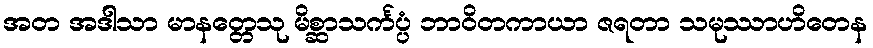
အတ အဒါသာ မာနတ္တေသု မိစ္ဆာသင်္ကပ္ပံ ဘာဝိတကာယာ ဇရတာ သမုဿာဟိတေန